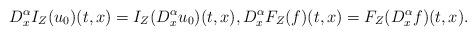
LaTeX: \begin{align*} D^{\alpha}_xI_Z(u_0)(t,x)=I_Z(D^{\alpha}_xu_0)(t,x),D^{\alpha}_xF_Z(f)(t,x)=F_Z(D^{\alpha}_xf)(t,x).\end{align*}